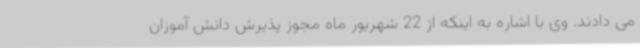
می دادند. وی با اشاره به اینکه از 22 شهریور ماه مجوز پذیرش دانش آموزان